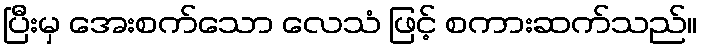
ပြီးမှ အေးစက်သော လေသံ ဖြင့် စကားဆက်သည်။